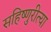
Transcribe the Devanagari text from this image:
सहिष्णुरीत्या